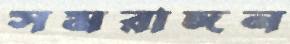
সমরাঙ্গন